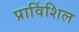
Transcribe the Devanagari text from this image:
प्राविंशिल